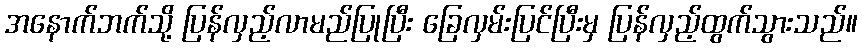
အနောက်ဘက်သို့ ပြန်လှည့်လာမည်ပြုပြီး ခြေလှမ်းပြင်ပြီးမှ ပြန်လှည့်ထွက်သွားသည်။